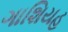
ગાશિયહ